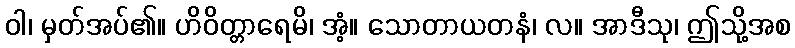
ဝါ၊ မှတ်အပ်၏။ ဟိဝိတ္တာရေမိ၊ အံ့။ သောတာယတနံ၊ လ။ အာဒီသု၊ ဤသို့အစ